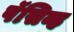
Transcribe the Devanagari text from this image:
पॅसिव्ह